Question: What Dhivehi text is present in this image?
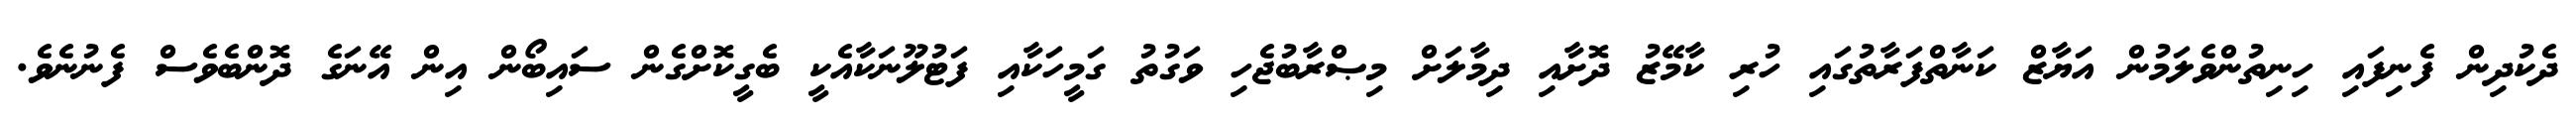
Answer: ދެކުދިން ފެނިފައި ހިނިތުންވެލަމުން އަޔާޒް ކަނާތްފަރާތުގައި ހުރި ކާމޭޒު ދޮށާއި ދިމާލަށް މިޞްރާބުޖެހި ވަގުތު ގަމީހަކާއި ފަޓުލޫނަކާއެކީ ބެގީކޮށްގެން ސައިބޯން އިން އޭނަގެ ދޮންބެވެސް ފެނުނެވެ.